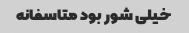
خیلی شور بود متاسفانه